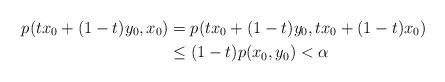
LaTeX: \begin{align*} p(t x_0 + (1-t) y_0, x_0) & = p(t x_0 + (1-t)y_0, tx_0 + (1-t) x_0) \\ & \leq (1-t) p(x_0,y_0) < \alpha \end{align*}